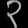
Digit: ၃